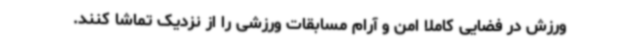
ورزش در فضایی کاملا امن و آرام مسابقات ورزشی را از ‌نزدیک تماشا کنند.